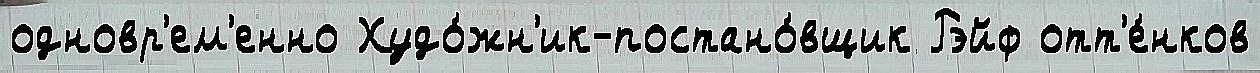
одновр'ем'енно Худо́жн'ик-постано́вщик Рэйф отт'е́нков